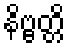
နိဗ္ဗတ္တိ